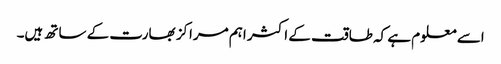
اسے معلوم ہے کہ طاقت کے اکثر اہم مراکز بھارت کے ساتھ ہیں۔